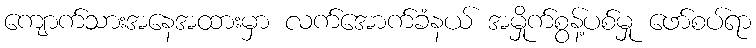
ကျောက်သားအနေအထားမှာ လက်အောက်ခံနယ် အမှိုက်စွန့်ပစ်မှု ဖော်စပ်ရာ